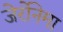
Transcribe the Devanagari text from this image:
जेर्रोनेमा